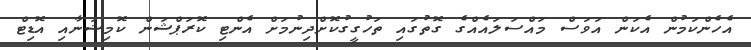
އެހެންކަމުން އެކަން އަވަސް މައްސަލައެއްގެ ގޮތުގައި ތަހުގީގުކޮށްދިނުމަށް އެންޓި ކޮރަޕްޝަން ކޮމިޝަނާއި އޮޑިޓް